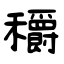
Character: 穱